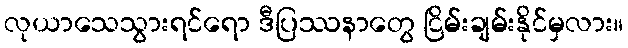
လုယာသေသွားရင်ရော ဒီပြဿနာတွေ ငြိမ်းချမ်းနိုင်မှလား။